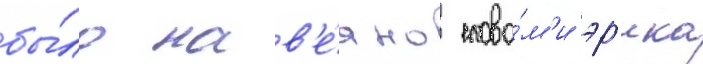
бы́ло нав'е́яно слова́м'и эр'ика